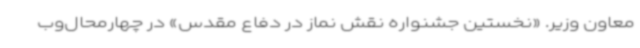
معاون وزیر. «نخستین جشنواره نقش نماز در دفاع مقدس» در چهارمحال‌وب